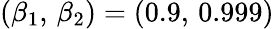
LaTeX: (\beta_{1},\, \beta_{2})=(0.9,\, 0.999)